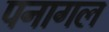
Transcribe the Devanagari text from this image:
पनागल